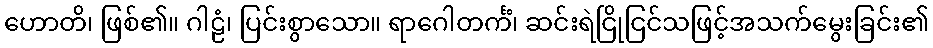
ဟောတိ၊ ဖြစ်၏။ ဂါဠံ၊ ပြင်းစွာသော။ ရာဂေါတင်္ကံ၊ ဆင်းရဲငြိုငြင်သဖြင့်အသက်မွေးခြင်း၏